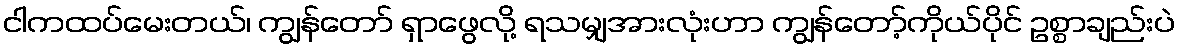
ငါကထပ်မေးတယ်၊ ကျွန်တော် ရှာဖွေလို့ ရသမျှအားလုံးဟာ ကျွန်တော့်ကိုယ်ပိုင် ဥစ္စာချည်းပဲ